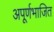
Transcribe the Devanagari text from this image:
अपूर्णभाजित